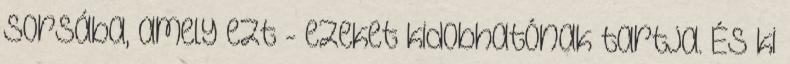
sorsába, amely ezt - ezeket kidobhatónak tartja. És ki